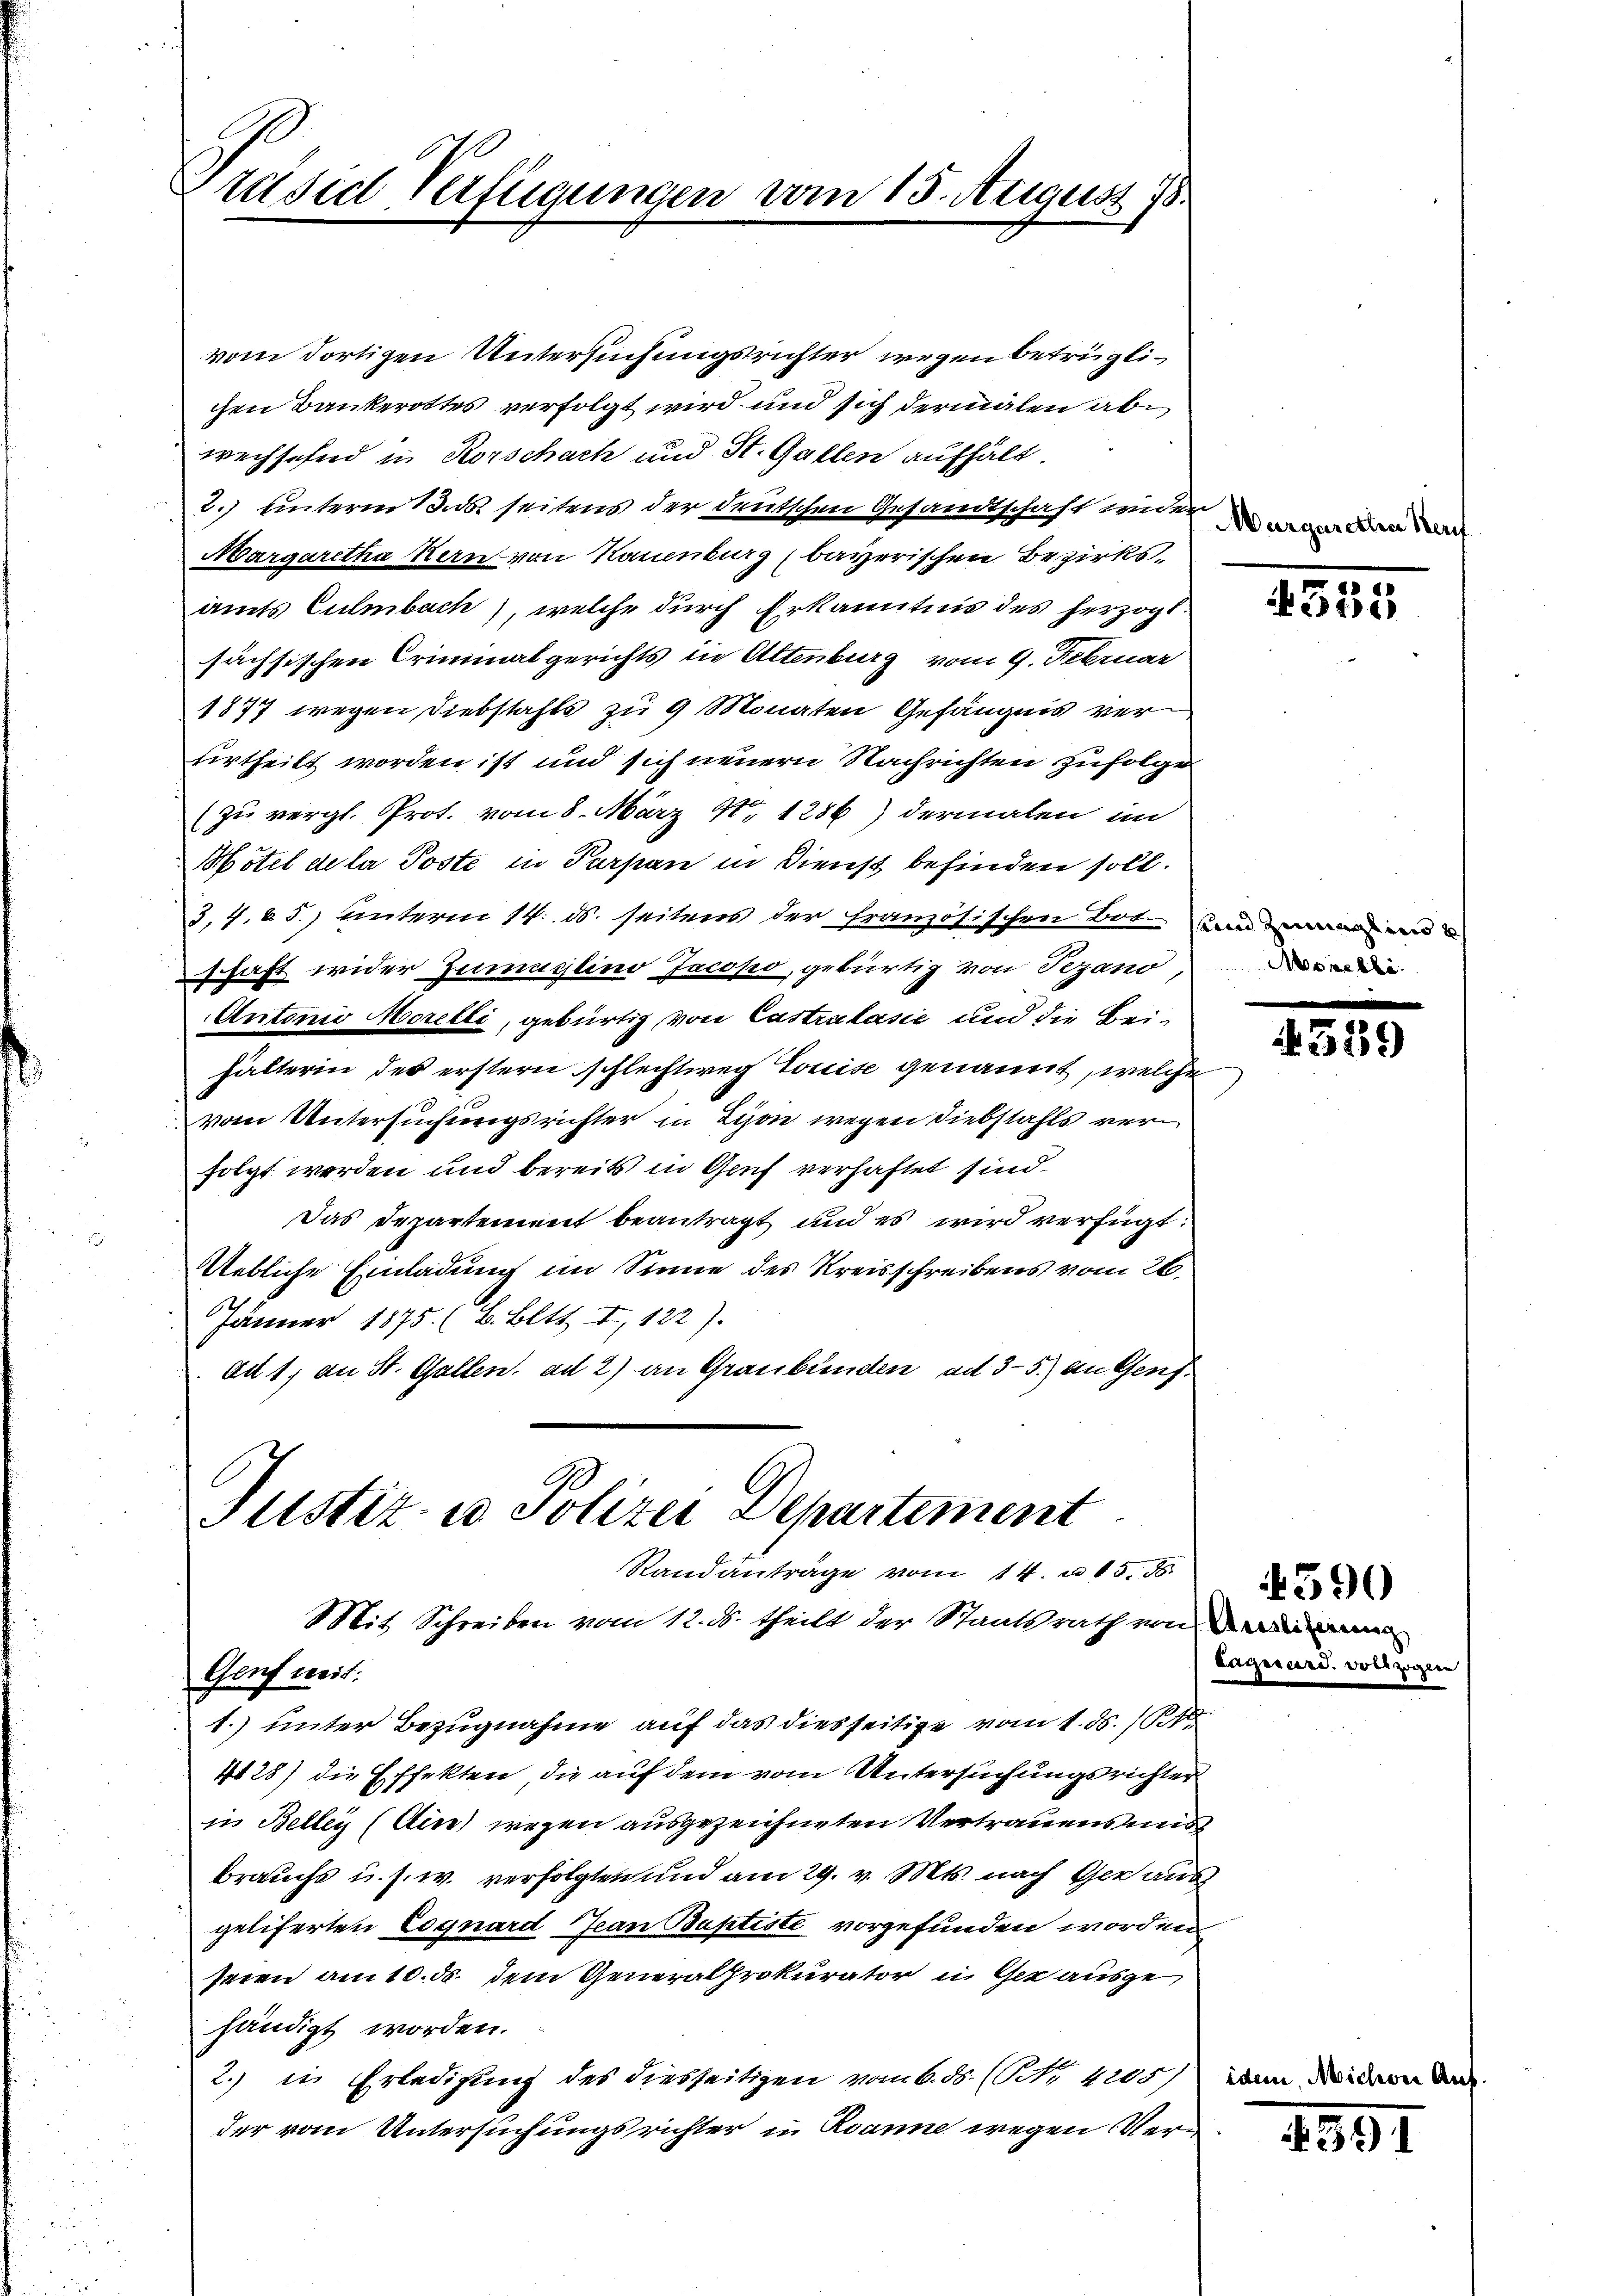
Präside Verfügungen vom 15. August 18.

vom dortigen Untersuchungsrichter wegen betrüglichen Bankerottes verfolgt wird und sich dermalen abe
wechsehend in Rorschach und St. Gallen aufhält.
2.) unterm 13. seitens der deutschen Gesandtschaft widern d
Margaretha Kern von Nauenburg (bayerischen Bezirksamts Culmbach), welche durch Erkanntnis des herzogt
sächsischen Criminalgerichts die Altenburg vom 9. Februar
1877 wegen Diebstahls zu 9 Monaten Gefängnis verurtheilt worden ist und sich neuern Nachrichten zufolge
(zu vergl. Prot. vom 8. März 4. 1286) dermalen im
Mötel de la Poste in Parsan in Dienst befinden soll.
3.4.5.) Unterm 14. ds. seitens der französischen Bote un
schaft wider Zumuglino Jacopo, gebürtig von Tezano,
Antonio Morelli, gebürtig von Castralasie und die Beihälterin des erstern schlechtweg Louise genannt, welche
vom Untersuchungsrichter in Lyon wegen Diebstahls verfolgt werden und bereits in Genf verhaftet sind.
Das Departement beantragt und es wird verfügt:
Uebliche Einladung im Sinne des Kreisschreibens vom 26.
Jänner 1875. (B. Bett. I, 122).
ad 1, an St. Gallen, ad 2) an Graubünden ad 3-5.) an Genf

Justiz- u Polizei Departement
Standanträge vom 14. u. 15. 56
Mit Schreiben vom 12. ds. theilt der Staatsrath von im
Genf weit:

1.) unter Bezugnahme auf das diesseitige vom 1. d. 11
4125) die Effekten, die auf dem vom Untersuchungsrichter
in Beller (die) wegen ausgezeichneten Vertrauensmis
brauchs u. s. w. verfolgten und am 29. v. Mts. nach der aus
geliferten Cognard Jean Baptiste vorgefunden worden.
seien am 10. ds. dem Generalprokurator in Gerausgehändigt worden.
2.) in Erledigung des diesseitigen vom 6. ds. (Nr. 4205)
der vom Untersuchungsrichter in Ranne wegen Ver¬

ider

4335

Morelle.

4539

Lagusard. Vollzogen

590

1891